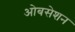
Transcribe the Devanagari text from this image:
ओबसेशन